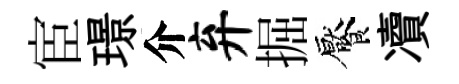
宦璟介弃掘饜凟